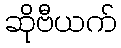
ဆိုဗီယက်